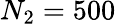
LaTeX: N_{2}=500